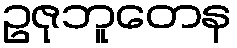
ဥဇုဘူတေန